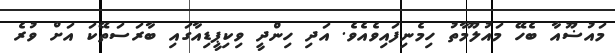
މައުޟޫއާ ބެހޭ މައުލޫމާތު ހިމެނިފައިވެއެވެ. އަދި ހިންދީ ވިކިޕީޑިއާގައި ބާރަސަތޭކަ އަށް ވުރެ